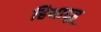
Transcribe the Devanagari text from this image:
हिथाद्हू